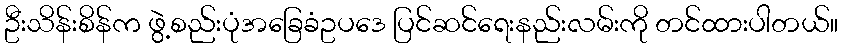
ဦးသိန်းစိန်က ဖွဲ့စည်းပုံအခြေခံဥပဒေ ပြင်ဆင်ရေးနည်းလမ်းကို တင်ထားပါတယ်။